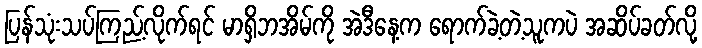
ပြန်သုံးသပ်ကြည့်လိုက်ရင် မာရှိဘအိမ်ကို အဲဒီနေ့က ရောက်ခဲ့တဲ့သူကပဲ အဆိပ်ခတ်လို့